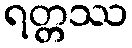
ရတ္တဿ